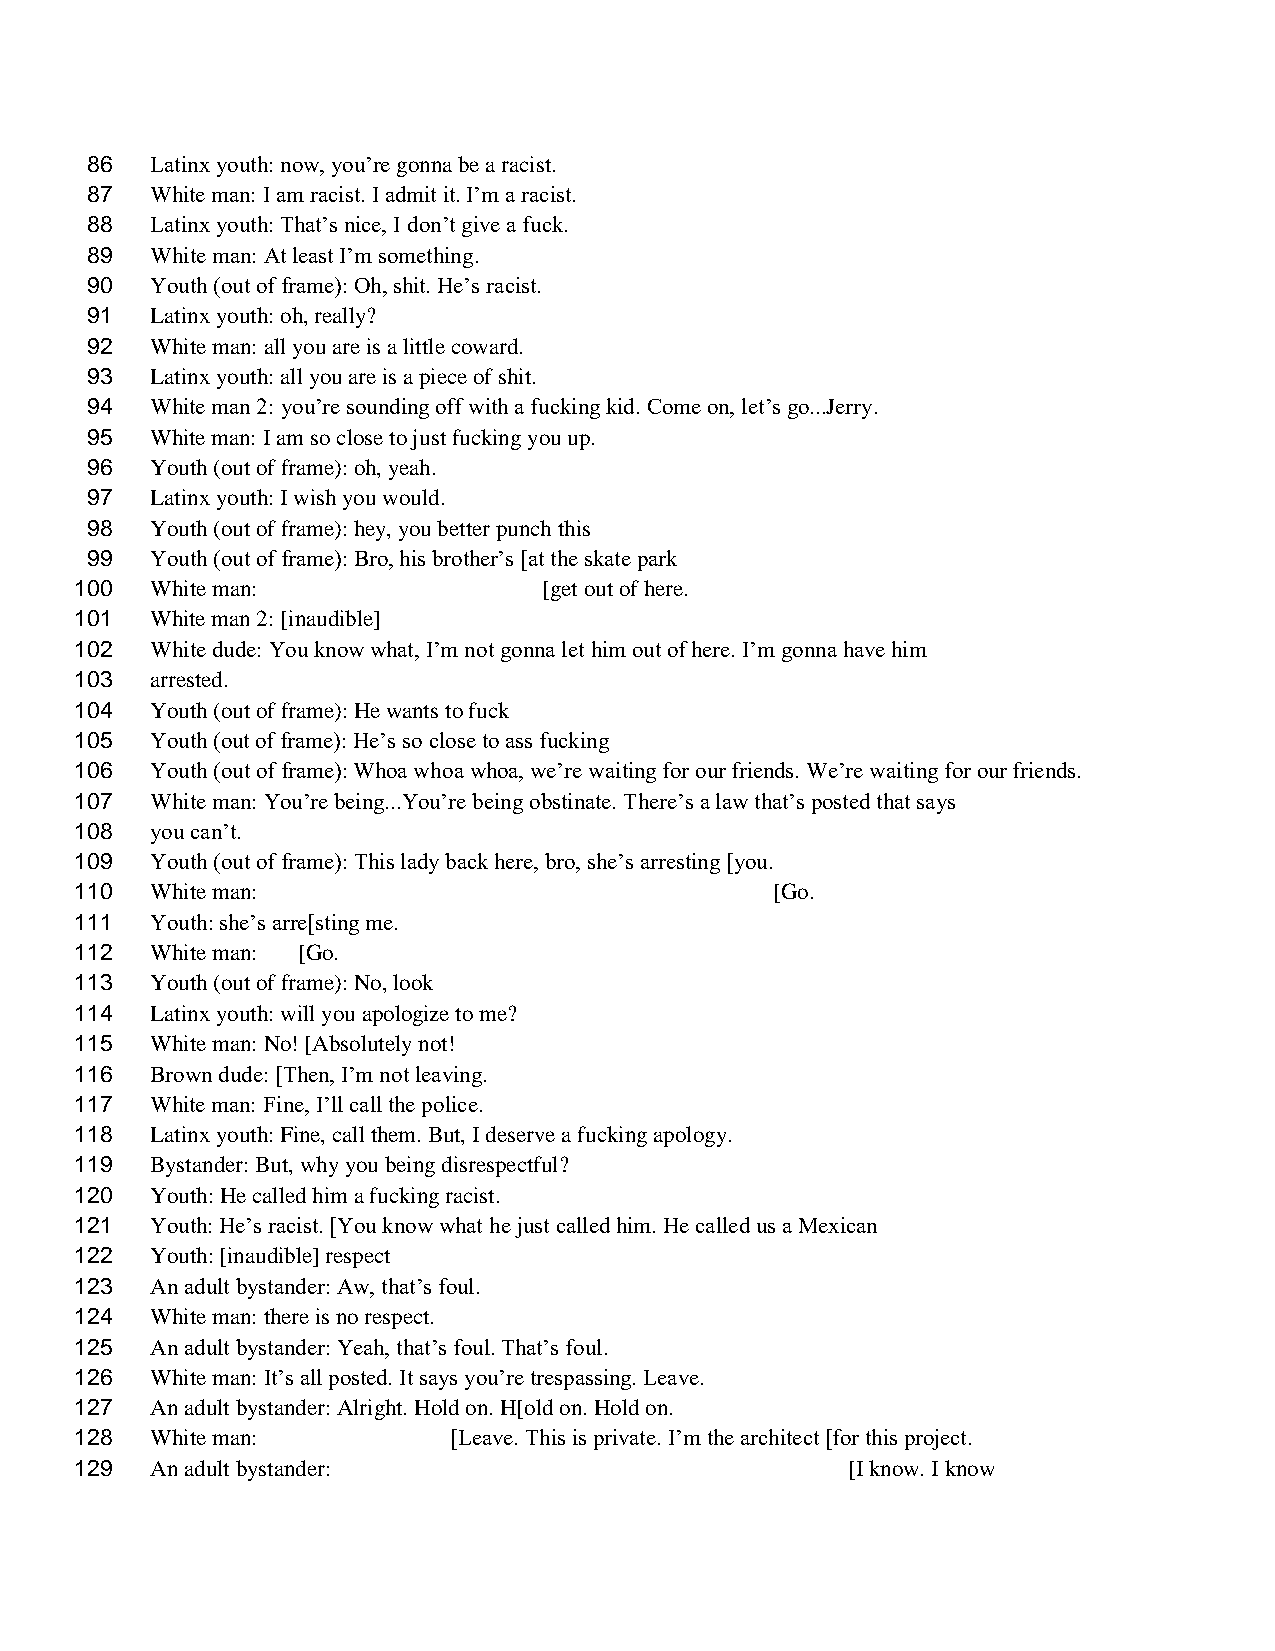
86  Latinx youth: now, you’re gonna be a racist.
 87  White man: I am racist. I admit it. I’m a racist.
 88  Latinx youth: That’s nice, I don’t give a fuck.
 89  White man: At least I’m something.
 90  Youth (out of frame): Oh, shit. He’s racist.
 91  Latinx youth: oh, really?
 92  White man: all you are is a little coward.
 93  Latinx youth: all you are is a piece of shit.
 94  White man 2: you’re sounding off with a fucking kid. Come on, let’s go...Jerry.
 95  White man: I am so close to just fucking you up.
 96  Youth (out of frame): oh, yeah.
 97  Latinx youth: I wish you would.
 98  Youth (out of frame): hey, you better punch this
 99  Youth (out of frame): Bro, his brother’s [at the skate park
 100  White man:                [get out of here.
 101  White man 2: [inaudible]
 102  White dude: You know what, I’m not gonna let him out of here. I’m gonna have him
 103  arrested.
 104  Youth (out of frame): He wants to fuck
 105  Youth (out of frame): He’s so close to ass fucking
 106  Youth (out of frame): Whoa whoa whoa, we’re waiting for our friends. We’re waiting for our friends.
 107  White man: You’re being...You’re being obstinate. There’s a law that’s posted that says
 108  you can’t.
 109  Youth (out of frame): This lady back here, bro, she’s arresting [you.
 110  White man:                               [Go.
 111  Youth: she’s arre[sting me.
 112  White man: [Go.
 113  Youth (out of frame): No, look
 114  Latinx youth: will you apologize to me?
 115  White man: No! [Absolutely not!
 116  Brown dude: [Then, I’m not leaving.
 117  White man: Fine, I’ll call the police.
 118  Latinx youth: Fine, call them. But, I deserve a fucking apology.
 119  Bystander: But, why you being disrespectful?
 120  Youth: He called him a fucking racist.
 121  Youth: He’s racist. [You know what he just called him. He called us a Mexican
 122  Youth: [inaudible] respect
 123  An adult bystander: Aw, that’s foul.
 124  White man: there is no respect.
 125  An adult bystander: Yeah, that’s foul. That’s foul.
 126  White man: It’s all posted. It says you’re trespassing. Leave.
 127  An adult bystander: Alright. Hold on. H[old on. Hold on.
 128  White man:          [Leave. This is private. I’m the architect [for this project.
 129  An adult bystander:                           [I know. I know